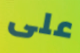
على